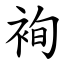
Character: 䘩